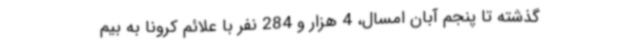
گذشته تا پنجم آبان‌ امسال، 4 هزار و 284 نفر با علائم کرونا به بیم